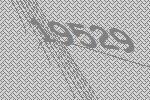
19529